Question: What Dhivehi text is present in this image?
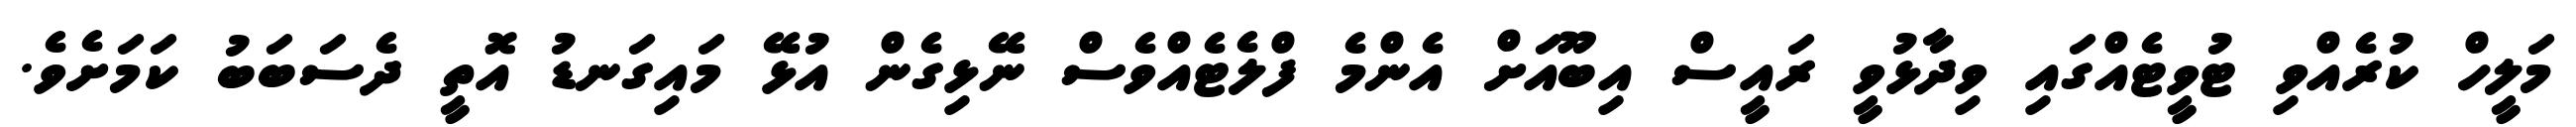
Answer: މަލީހް ކުރެއްވި ޓުވީޓެއްގައި ވިދާޅުވީ ރައީސް އިބޫއަށް އެންމެ ފްލެޓެއްވެސް ނޭޅިގެން އުޅޭ މައިގަނޑު އޮތީ ދެސަބަބު ކަމަށެވެ.